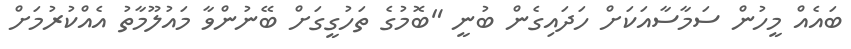
ބައެއް މީހުން ސަމާސާއަކަށް ހަދައިގެން ބުނީ "ބޮމުގެ ތަހުގީގަށް ބޭނުންވާ މަައުލޫމާތު އެއްކުރުމަށް